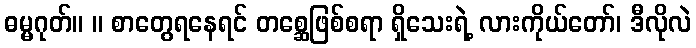
ဓမ္မဂုတ်။ ။ စာတွေရနေရင် တစ္ဆေဖြစ်စရာ ရှိသေးရဲ့ လားကိုယ်တော်၊ ဒီလိုလဲ